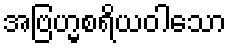
အဗြဟ္မစရိယဝါသော